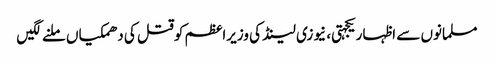
مسلمانوں سے اظہاریکجہتی، نیوزی لینڈ کی وزیراعظم کوقتل کی دھمکیاں ملنے لگیں